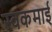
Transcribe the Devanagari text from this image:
स्वकमाई